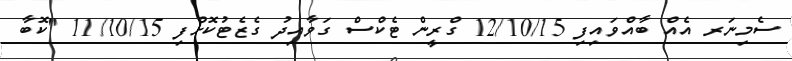
ސެމިނަރ އެއް ބާއްވައިފި 12/10/15 ގްރީން ޓެކްސް ގަވާއިދު ގެޒެޓުކޮށްފި 11/10/15 "ކޮބާ